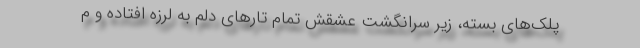
پلک‌های بسته، زیر سرانگشت عشقش تمام تارهای دلم به لرزه افتاده و م